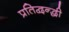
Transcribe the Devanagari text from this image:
प्रतिद्वन्द्धी